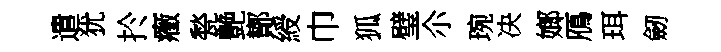
遣犹扵癥甃艶鄼綬巾狐璧尒琬决嫏鴈珥劒